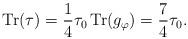
LaTeX: \begin{align*}\mathrm{Tr}(\tau)= \frac{1}{4} \tau_0\, \mathrm{Tr}(g_{\varphi}) = \frac{7}{4}\tau_0.\end{align*}